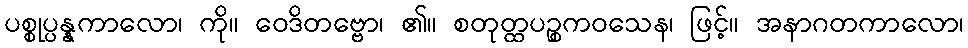
ပစ္စုပ္ပန္နကာလော၊ ကို။ ဝေဒိတဗ္ဗော၊ ၏။ စတုတ္ထပဉ္စကဝသေန၊ ဖြင့်။ အနာဂတကာလော၊